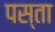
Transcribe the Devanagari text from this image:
पस्ता